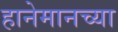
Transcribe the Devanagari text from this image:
हानेमानच्या